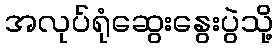
အလုပ်ရုံဆွေးနွေးပွဲသို့